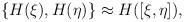
LaTeX: \begin{align*}\{ H(\xi),H(\eta)\} \approx H([\xi,\eta]),\end{align*}